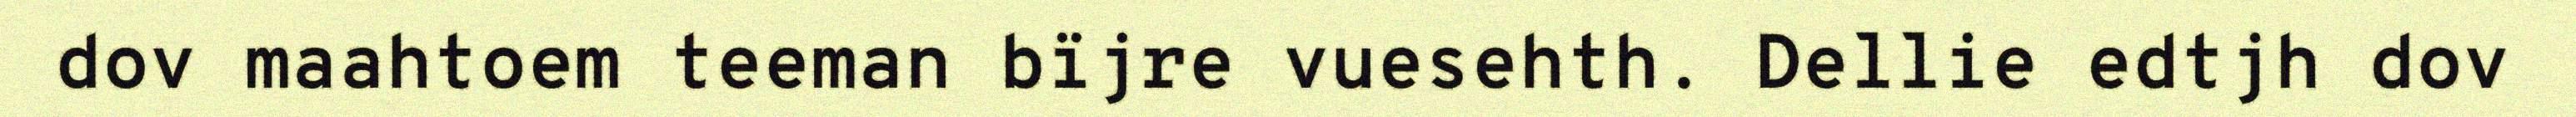
dov maahtoem teeman bïjre vuesehth. Dellie edtjh dov